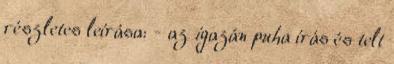
részletes leírása: - az igazán puha írás és telt